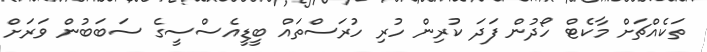
ތަކެއްޗަށް މާކެޓް ހޯދުން ފަދަ ކުރިން ހުރި ހުރަސްތައް ބީޑީއެެސްސީގެ ސަބަބުން ވަރަށް